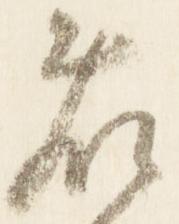
藤